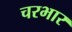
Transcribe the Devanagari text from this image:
चरभार